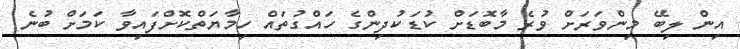
އިން ލިބޭ މިންވަރަށް ވުރެ މާބޮޑަށް ކުޑަކުދިންގެ ހައްގުތައް ހިމާޔަތްކޮށްފައިވާ ކަމަށް ބުނެ